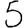
Digit: 5